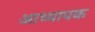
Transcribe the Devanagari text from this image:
आध्यापक